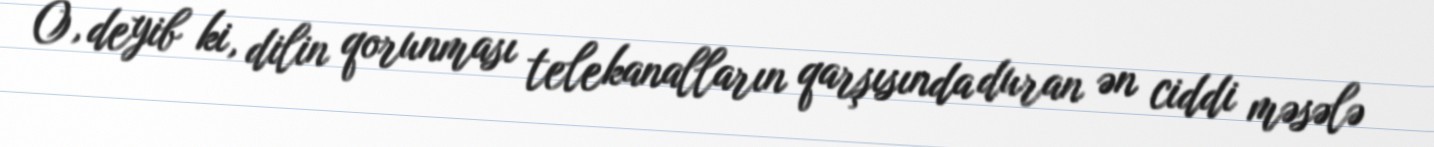
O, deyib ki, dilin qorunması telekanalların qarşısında duran ən ciddi məsələ